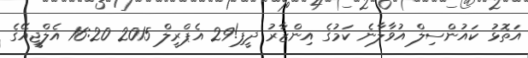
އަތޮޅު ކައުންސިލް އުވާލާނެ ކަމުގެ އިންޒާރު ދީފި!29 އެޕްރީލް 2015 16:20 އެލްޖީއޭގެ